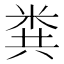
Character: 粪